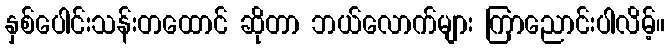
နှစ်ပေါင်းသန်းတထောင် ဆိုတာ ဘယ်လောက်များ ကြာညောင်းပါလိမ့်။